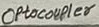
Text: OPtocoupler